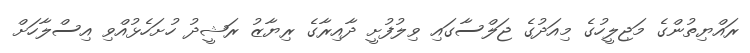
ރައްޔިތުންގެ މަޖިލީހުގެ މިއަދުގެ ޖަލްސާގައި ވިލުފުށީ ދާއިރާގެ ރިޔާޒު ރަޝީދު ހުށަހެޅުއްވި އިސްލާހަށް